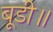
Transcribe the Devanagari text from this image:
बूडी॥